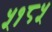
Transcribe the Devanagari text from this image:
५१८५